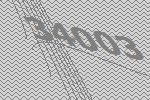
34003